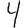
Digit: 4